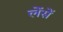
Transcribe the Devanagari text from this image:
लेंसें